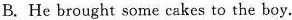
B. He brought some cakes to the boy.